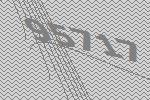
95717